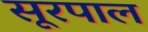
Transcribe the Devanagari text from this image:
सूरपाल